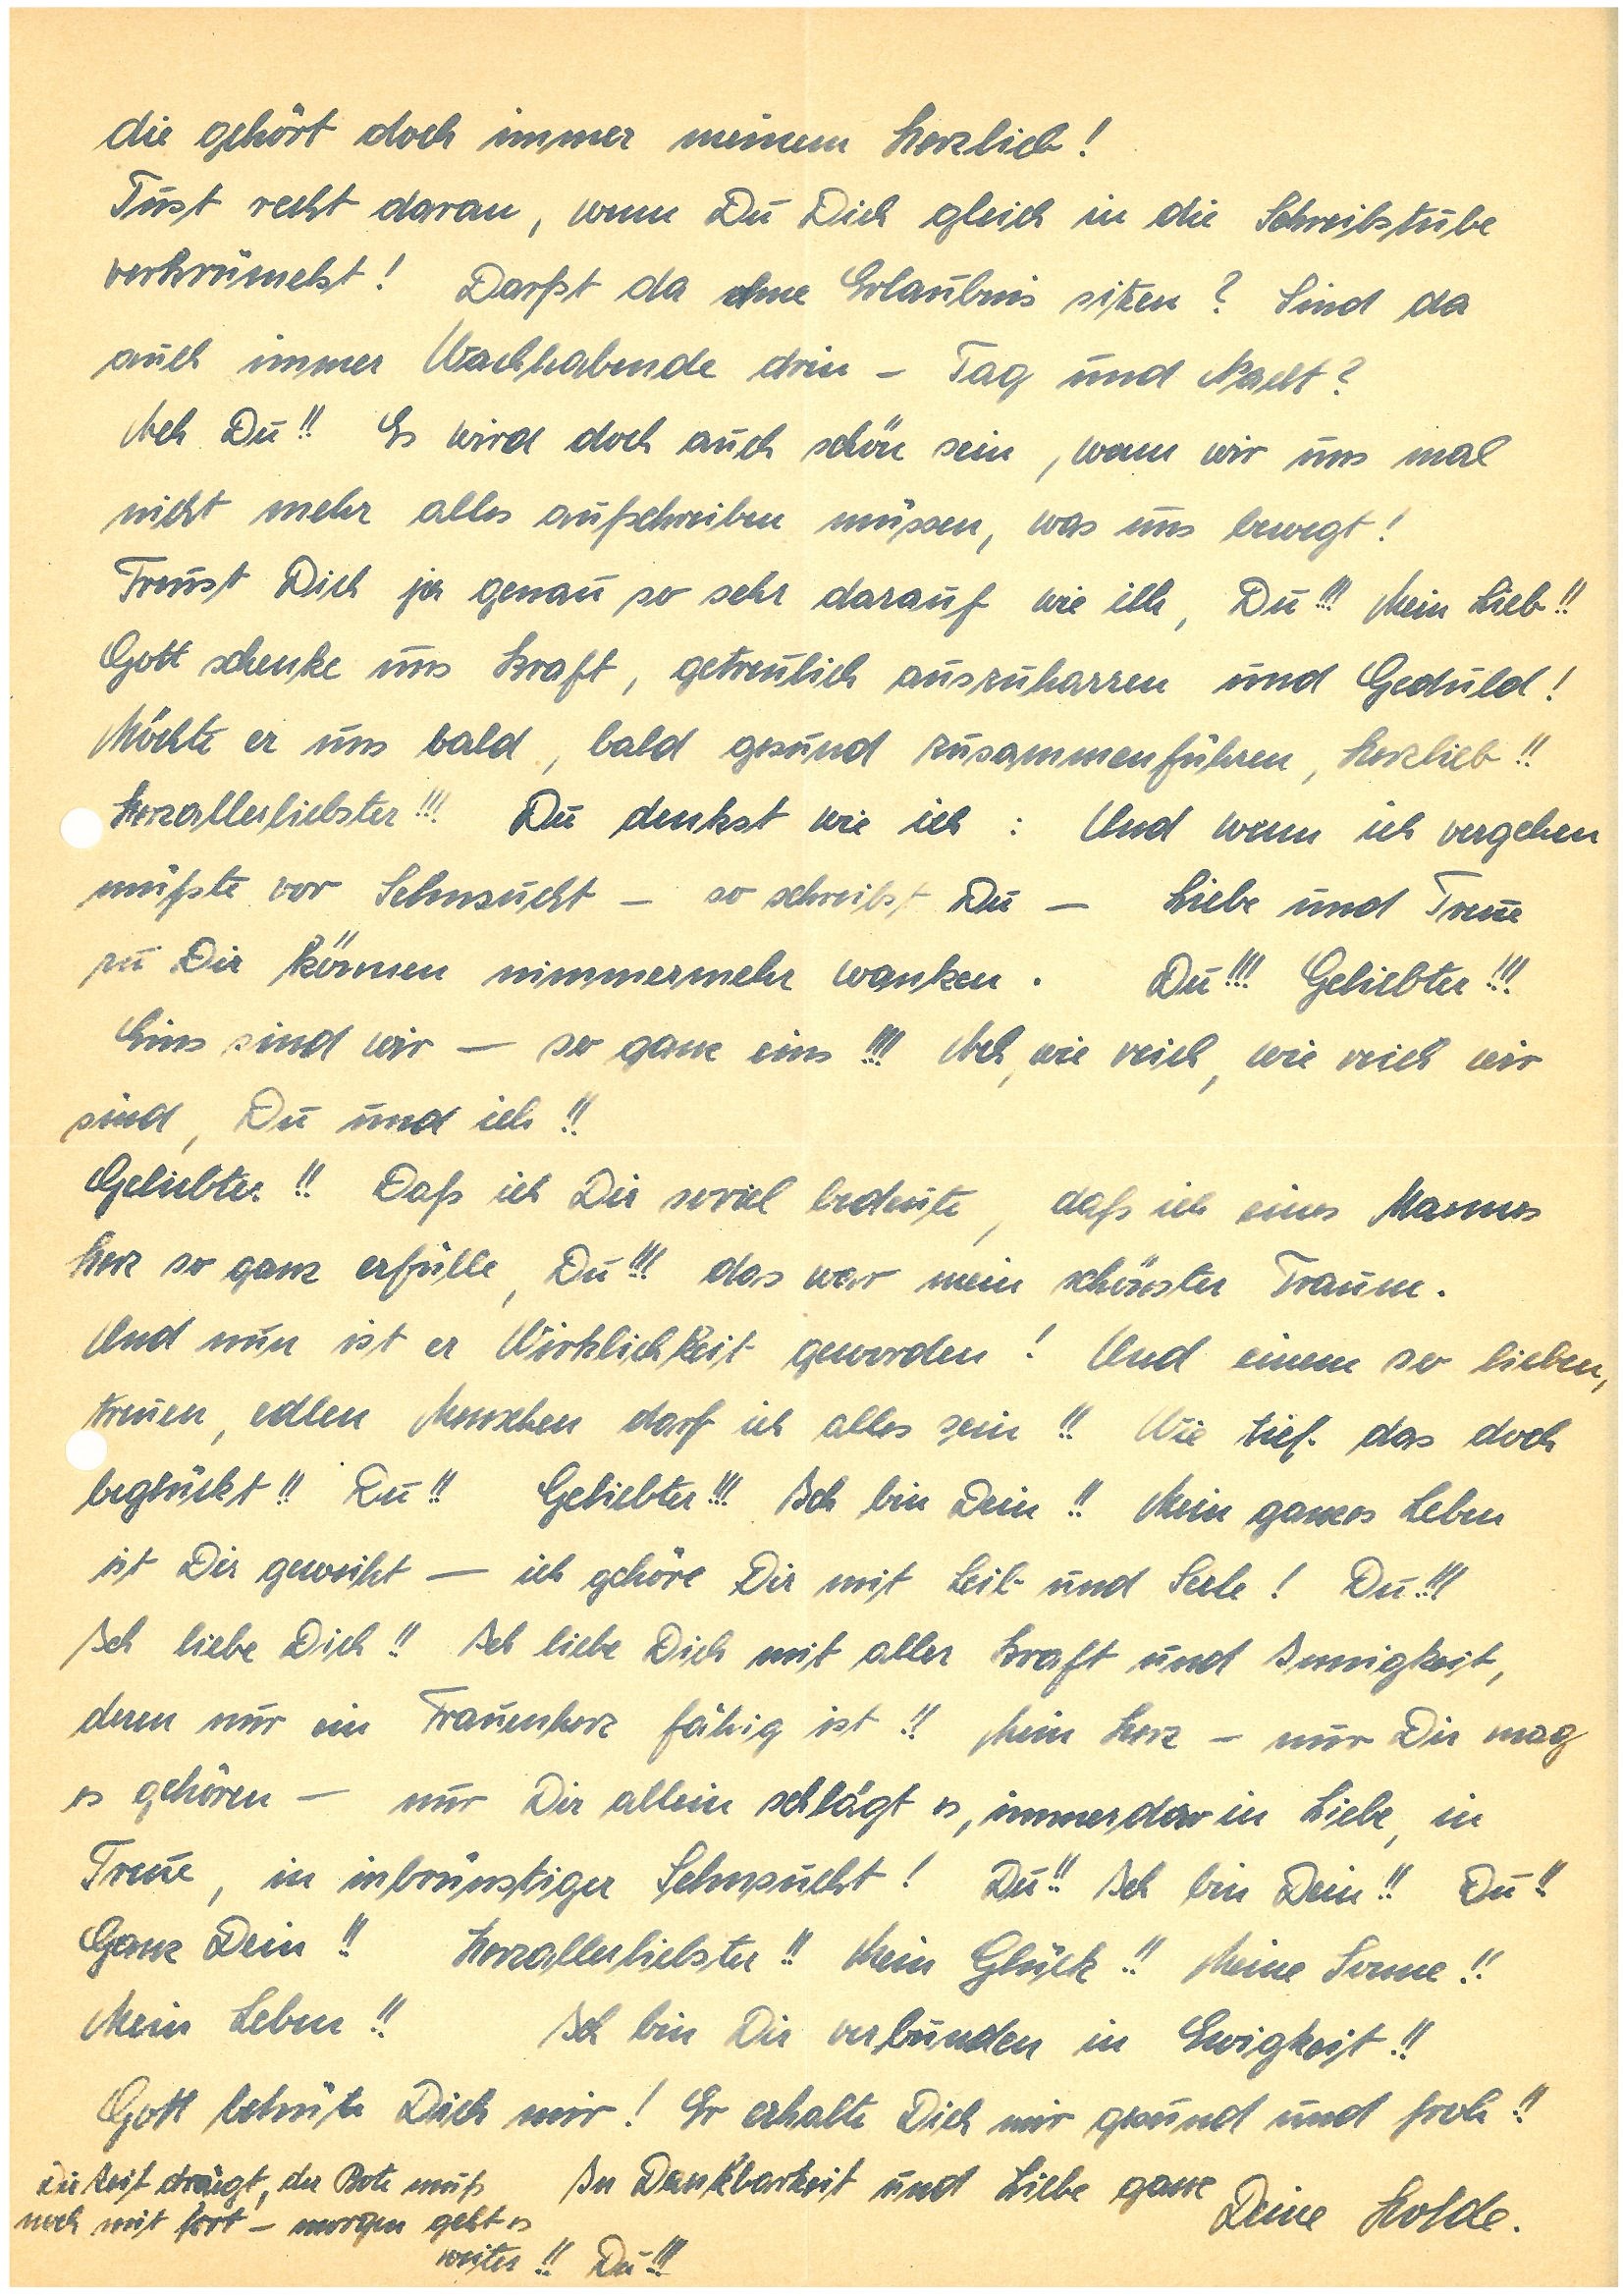
die gehört doch immer meinem Herzlieb!
Tust recht daran, wenn Du dich gleich in die Schreibstube
verkrümelst! Darfst da ohne Erlaubnis sitzen? Sind da
auch immer Wachhabende drin – Tag und Nacht?
Ach Du!! Es wird doch auch schön sein, wenn wir uns mal
nicht mehr alles aufschreiben müssen, was uns bewegt!
Freust Dich ja genau so sehr darauf wie ich, Du!!! Mein Lieb!!
Gott schenke uns Kraft, getreulich auszuharren und Geduld!
Möchte er uns bald, bald gesund zusammenführen, Herzlieb!!
Herzallerliebster!!! Du denkst wie ich: Und wenn ich vergehen
müßte vor Sehnsucht – so schreibst Du – Liebe und Treue
zu Dir können nimmermehr wanken. Du!!! Geliebter!!!
Eins sind wir – so ganz eins!!! Ach, wie reich, wie reich wir
sind, Du und ich!!
Geliebter!! Daß ich Dir soviel bedeute, daß ich eines Mannes
Herz so ganz erfülle, Du!!! das war mein schönster Traum.
Und nun ist er Wirklichkeit geworden! Und einem so lieben,
treuen, edlen Menschen darf ich alles sein!! Wie tief das doch
beglückt!! Du!! Geliebter!!! Ich bin Dein!! Mein ganzes Leben
ist Dir geweiht – ich gehöre Dir mit Leib und Seele! Du!!!
Ich liebe Dich!! Ich liebe Dich mit aller Kraft und Innigkeit,
deren nur ein Frauenherz fähig ist!! Mein Herz – nur Dir mag
es gehören – nur Dir allein schlägt es, immerdar in Liebe, in
Treue, in inbrünstiger Sehnsucht! Du!! Ich bin Dein!! Du!!
Ganz Dein!! Herzallerliebster!! Mein Glück!! Meine Sonne!!
Mein Leben!! Ich bin dir verbunden in Ewigkeit!!
Gott behüte Dich mir! Er erhalte Dich mir gesund und froh!!
Die Zeit drängt, der Bote muß
In Dankbarkeit und Liebe ganz
noch mit fort – morgen geht es
Deine Holde.
weiter!! Du!!!